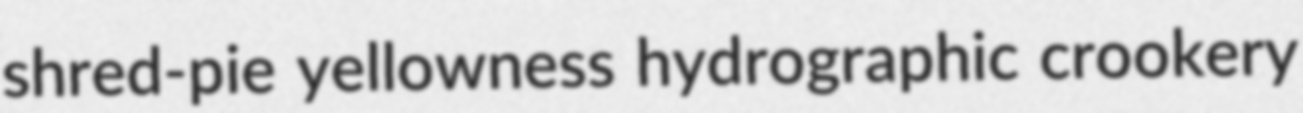
shred-pie yellowness hydrographic crookery